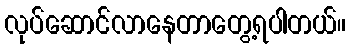
လုပ်ဆောင်လာနေတာတွေ့ရပါတယ်။